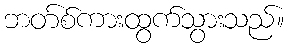
ဘတ်စ်ကားထွက်သွားသည်။